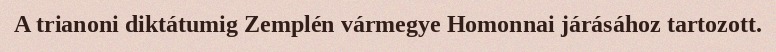
A trianoni diktátumig Zemplén vármegye Homonnai járásához tartozott.